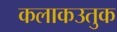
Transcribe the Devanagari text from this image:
कलाकउतुक